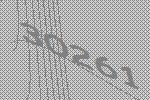
30261